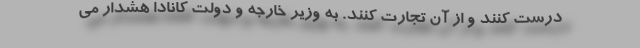
درست کنند و از آن تجارت کنند. به وزیر خارجه و دولت کانادا هشدار می